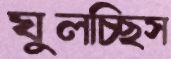
ঘুলচ্ছিস